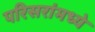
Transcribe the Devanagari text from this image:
परिसरांमध्ये